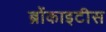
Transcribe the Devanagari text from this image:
ब्रोंकाइटीस